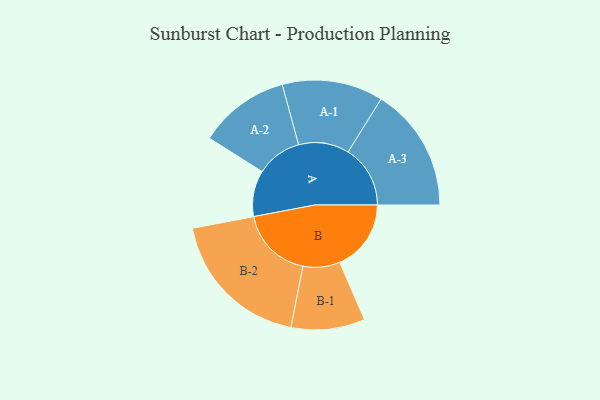
{"axis": {"x": "Segment", "y": "Value"}, "legend": ["", "A", "B"], "data": [{"x": "A", "y": 146, "type": ""}, {"x": "B", "y": 226, "type": ""}, {"x": "A-1", "y": 160, "type": "A"}, {"x": "A-2", "y": 144, "type": "A"}, {"x": "A-3", "y": 197, "type": "A"}, {"x": "B-1", "y": 117, "type": "B"}, {"x": "B-2", "y": 231, "type": "B"}]}